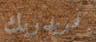
فريدريك